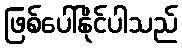
ဖြစ်ပေါ်နိုင်ပါသည်